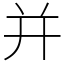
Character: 并